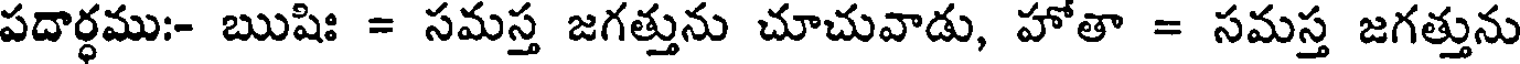
పదార్ధము:- ఋషిః = సమస్త జగత్తును చూచువాడు, హోతా = సమస్త జగత్తును